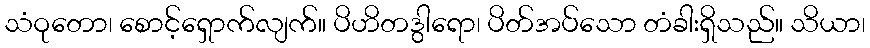
သံဝုတော၊ စောင့်ရှောက်လျက်။ ပိဟိတဒွါရော၊ ပိတ်အပ်သော တံခါးရှိသည်။ သိယာ၊